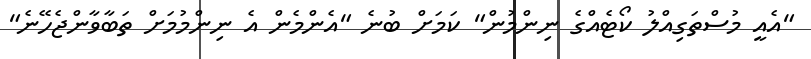
"އެއީ މުސްތަގިއްލު ކޯޓެއްގެ ނިންމުން" ކަމަށް ބުނެ "އެންމެން އެ ނިންމުމަށް ތަބާވާންޖެހޭނެ"